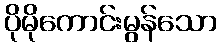
ပိုမိုကောင်းမွန်သော